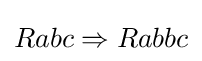
Rabc\Rightarrow Rabbc